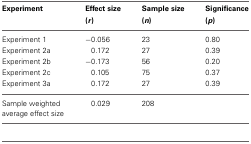
<table><thead><tr><td><b>Experiment</b></td><td><b>Effect size (<i>r</i>)</b></td><td><b>Sample size (<i>n</i>)</b></td><td><b>Significance (<i>p</i>)</b></td></tr></thead><tbody><tr><td>Experiment 1</td><td>−0.056</td><td>23</td><td>0.80</td></tr><tr><td>Experiment 2a</td><td>0.172</td><td>27</td><td>0.39</td></tr><tr><td>Experiment 2b</td><td>−0.173</td><td>56</td><td>0.20</td></tr><tr><td>Experiment 2c</td><td>0.105</td><td>75</td><td>0.37</td></tr><tr><td>Experiment 3a</td><td>0.172</td><td>27</td><td>0.39</td></tr><tr><td>Sample weighted average effect size</td><td>0.029</td><td>208</td><td></td></tr></tbody></table>